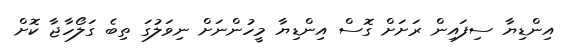
އިންޑިޔާ ސިފައިން ރަށަށް ގޮސް އިންޑިޔާ މީހުންނަށް ނިވަލުގަ ތިބެ ގަލޯހާޖާ ކޮށް